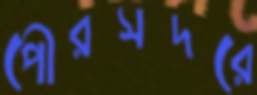
পৌরসদরে